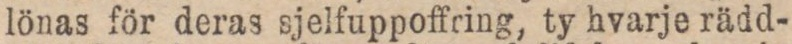
lönas för deras sjelfuppoffring, ty hvarje rädd-